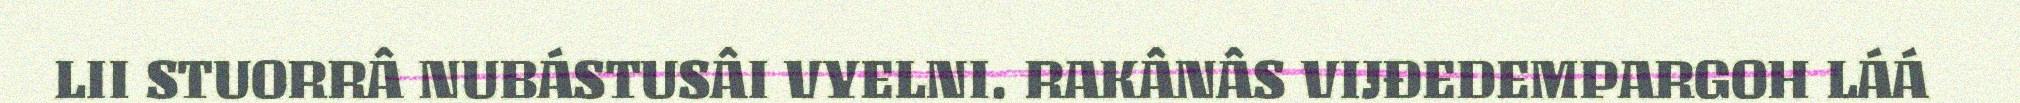
LII STUORRÂ NUBÁSTUSÂI VYELNI. RAKÂNÂS VIJĐEDEMPARGOH LÁÁ